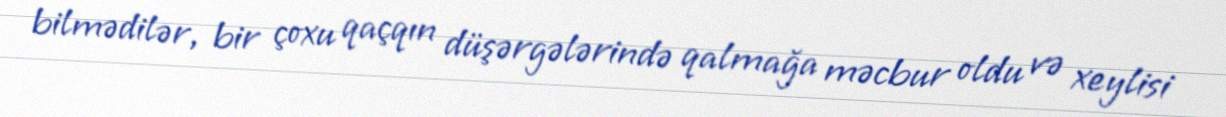
bilmədilər, bir çoxu qaçqın düşərgələrində qalmağa məcbur oldu və xeylisi